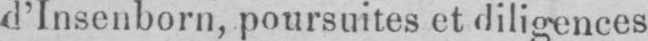
d’Insenborn, poursuites et diligences